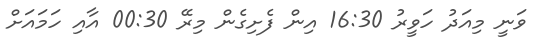
ވަނީ މިއަދު ހަވީރު 16:30 އިން ފެށިގެން މިރޭ 00:30 އާއި ހަމައަށް